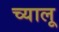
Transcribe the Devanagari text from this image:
च्यालू